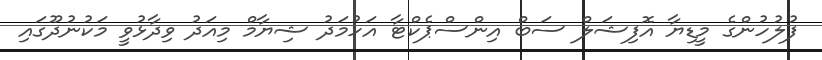
ފުލުހުންގެ މީޑިޔާ އޮފިޝަލް ސަބް އިންސްޕެކްޓާ އަހުމަދު ޝިޔާމް މިއަދު ވިދާޅުވީ މަކުނުދޫގައި